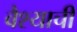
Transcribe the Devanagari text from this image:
वैश्याची